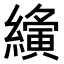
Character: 𮉍